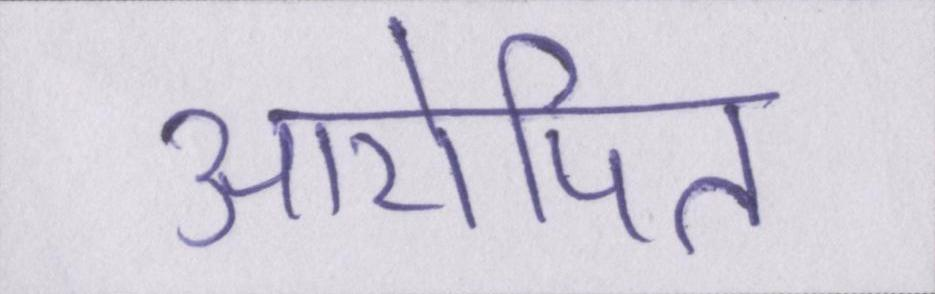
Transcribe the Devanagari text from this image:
आरोपित